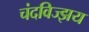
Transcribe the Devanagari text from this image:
चंदविज्झय